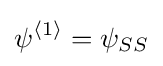
\psi ^{\langle 1\rangle }=\psi _{SS}